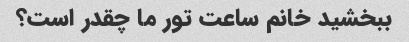
ببخشید خانم ساعت تور ما چقدر است؟